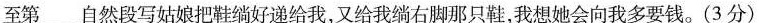
至第______自然段写姑娘把鞋绱好递给我，又给我绱右脚那只鞋，我想她会向我多要钱。(3分)